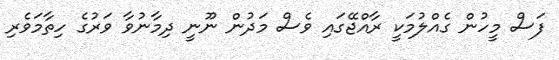
ފަސް މީހުން ގެއްލުމަކީ ރާއްޖޭގައި ވެސް މަދުން ނޫނީ ދިމާނުވާ ވަރުގެ ހިތާމަވެރި